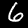
Digit: 6